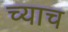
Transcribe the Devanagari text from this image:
च्याच